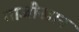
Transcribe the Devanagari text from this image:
गाजीखान